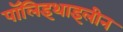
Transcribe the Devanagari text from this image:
पॉलिइथाइलीन